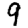
Digit: 9